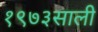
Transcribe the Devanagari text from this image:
१९७३साली